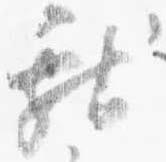
献